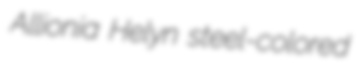
Allionia Helyn steel-colored